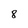
Character: 8